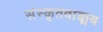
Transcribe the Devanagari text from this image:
संस्कृतवाङ्मय